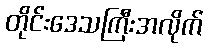
တိုင်းဒေသကြီးအလိုက်